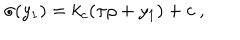
LaTeX: \sigma ( y _ { 1 } ) = k _ { c } ( \pi \rho + y _ { 1 } ) + c ~ , ~ \,